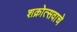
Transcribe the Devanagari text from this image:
शक्रोत्सवाचे